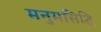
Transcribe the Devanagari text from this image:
मनुमसिद्धि